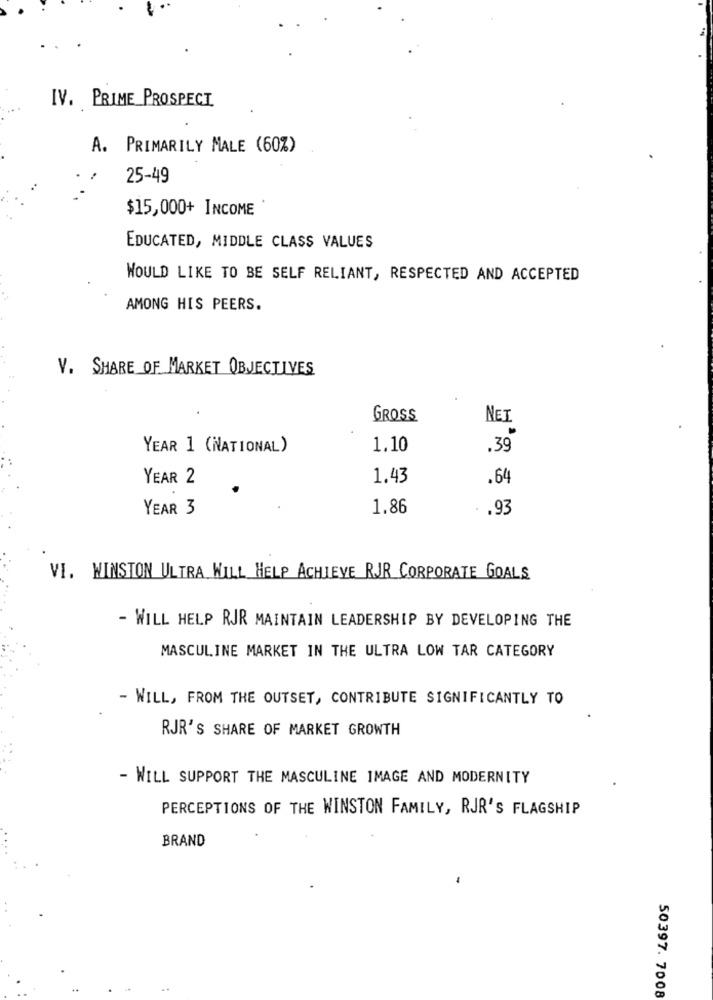
IV. PRIME PROSPECT
A. PRIMARILY MALE (60%)
25-49
$15,000+ INCOME
EDUCATED, MIDDLE CLASS VALUES
WOULD LIKE TO BE SELF RELIANT, RESPECTED AND ACCEPTED
AMONG HIS PEERS.
V. SHARE OF MARKET OBJECTIVES
GROSS
NET
YEAR 1 (NATIONAL)
1.10
.39
YEAR 2
1.43
.64
YEAR 3
1.86
.
.93
VI. WINSTON ULTRA WILL HELP ACHIEVE RJR CORPORATE GOALS
- WILL HELP RJR MAINTAIN LEADERSHIP BY DEVELOPING THE
MASCULINE MARKET IN THE ULTRA LOW TAR CATEGORY
- WILL, FROM THE OUTSET, CONTRIBUTE SIGNIFICANTLY TO
RJR'S SHARE OF MARKET GROWTH
- WILL SUPPORT THE MASCULINE IMAGE AND MODERNITY
PERCEPTIONS OF THE WINSTON FAMILY, RJR'S FLAGSHIP
BRAND
50397. 7008